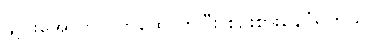
ချိုင်းအောက်လက်ထောက်ပြီး စဉ်းစားနေပုံရတယ်။